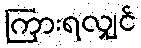
ကြားရလျှင်